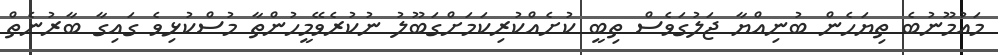
މައުމޫނުބެ ތިޔަހެން ބުނިއްޔާ ޖަލުގަވެސް ތިބީ ކުށެއްކުރިކަމަށްގަބޫލު ނުކުރެވޭމީހުންތާ މުސްކުޅިވެ ގައިގާ ބާރުނެތް